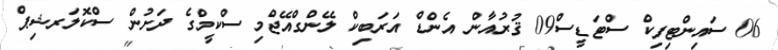
06 ސައިންޓިފިކް ސްޓަޑީސް09 ޤުރުއާން އެންޑް އަރަބިކް ލޭންގްއޭޖްމި ސްކީމްގެ ދަށުން ސްކޮލަރޝިޕް